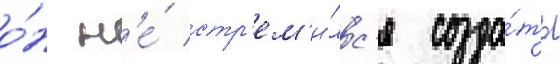
о́н н'е́ стр'ем'и́лс'я созда́ть